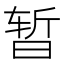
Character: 暂